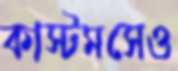
কাস্টমসেও